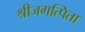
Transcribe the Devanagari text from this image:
श्रीजगत्पिता